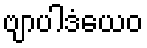
ဗျာပါဒံယေဝ